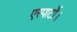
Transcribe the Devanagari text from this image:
एस्पार्टो।